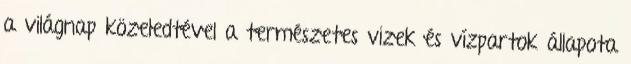
a világnap közeledtével a természetes vizek és vízpartok állapota